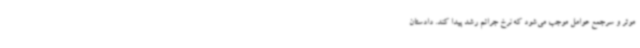
موثر و سرجمع عوامل موجب می‌شود که نرخ جرائم رشد پیدا کند. دادستان